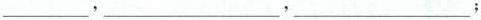
___，___，___；